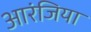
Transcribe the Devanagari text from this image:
आरंजिया